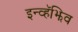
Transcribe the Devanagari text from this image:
इन्व्हॅझिव